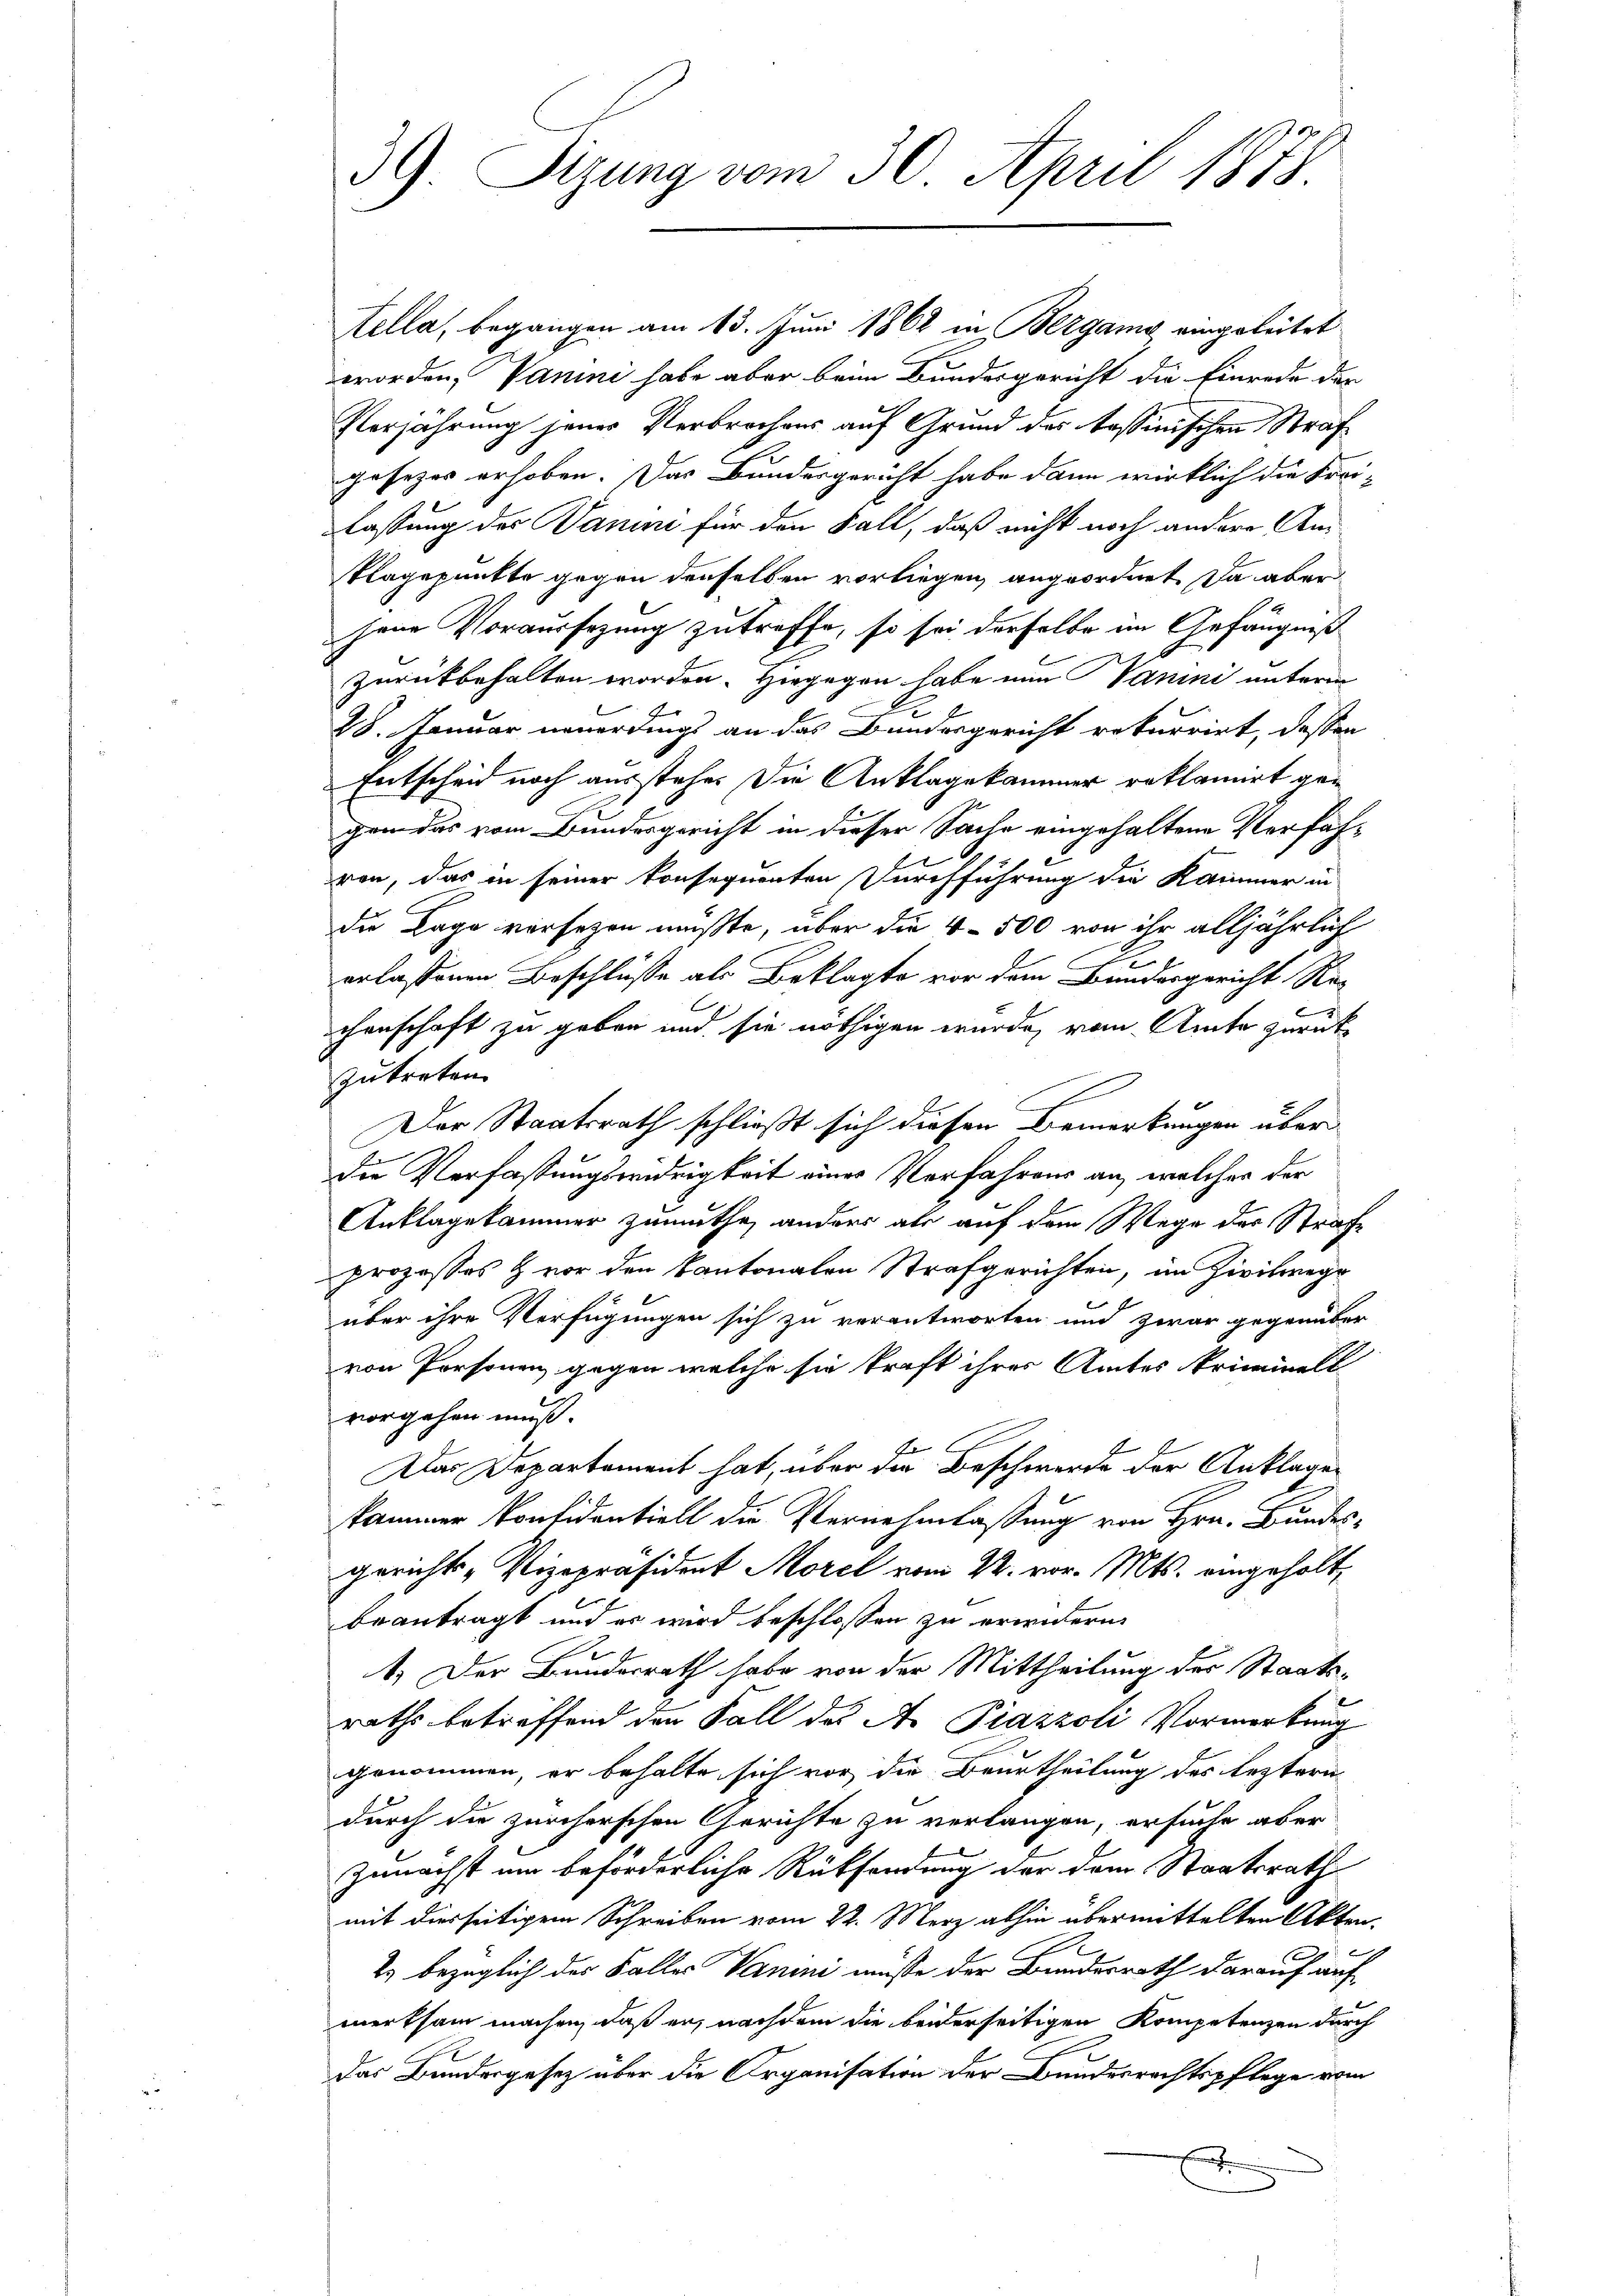
39. Sitzung vom 30. April 1878

Tella, begangen am 13. Juni 1862 in Bergang eingeleitet
worden, Vanini habe aber beim Bundesgericht die Einrede der
Verjährung jenes Verbrechens auf Grund des kassinischen Strafgesezes erhoben. Das Bundesgericht habe dann wirklich die Frei-
lassung des Sanini für den Fall, daß nicht noch andere An
Plagepunkte gegen denselben vorliegen, angeordnet. Da aber
jene Voraussezung zutreffe, so sei derselbe im Gefängniß
zurückbehalten worden. Hiegegen habe nun Vanini unterm
28. Januar neuerdings an das Bundesgericht rekurrirt, dessen
Entscheid noch ausstehe. Die Anklagekammer reklamirt gegen das vom Bundesgericht in dieser Sache eingehaltene Verfahren, das in seiner konsequenten Durchführung die Kammer in
die Lage vorsezen müßte, über die 4 - 500 von ihr alljährlich
erlassenen Beschlüsse als Beklagte vor dem Bundesgericht Rechenschaft zu geben und sie nöthigen wurde, vom Amte zurück
zutreten.
E
Der Staatsrath schließt sich diesen Bemerkungen über
die Verfaßungswidrigkeit eines Verfahrens an, welches der
Auflagekammer zumuthe, anders als auf dem Wege der Strafe
prozesses & vor den Kantonalen Strafgerichten, im Zivilwege
über ihre Verfügungen sich zu verantworten und zwar gegenüber
von Personen, gegen welche sie kraft ihrer Amtes kriminell
vorgehen muß.
fe
Das Departement hat, über die Beschwerde der Anklage
kammer konfidentiell die Vernehmlassung von Hrn. Bundes-
gerichts-Vizepräsident Morel vom 22. vor. Mts. eingehölt,
beantragt und es wird beschlossen zu erwitern.
1.) Der Bundesrath habe von der Mittheilung der Staatsraths betreffend den Fall des A. Piazzoli Vormerkung
genommen, er behalte sich vor die Beurtheilung des leztern
durch die zürcherschen Gerichte zu verlangen, ersuche aber
zunächst um beförderliche Rücksendung der dem Staatsrath
mit diesseitigem Schreiben vom 22. Merz abhin übermittelten Akten.
2.) bezüglich der Falles Vanini müsse der Bundesrath darauf auf
werksam machen, daß er, nachdem die beiderseitigen Kompetenzen durch
das Bundesgesetz über die Organisation der Bundesrechtspflege vom